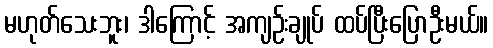
မဟုတ်သေးဘူး၊ ဒါကြောင့် အကျဉ်းချုပ် ထပ်ပြီးပြောဦးမယ်။